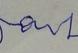
Signature authenticity: forged